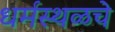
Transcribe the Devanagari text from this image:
धर्मस्थळचे